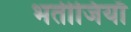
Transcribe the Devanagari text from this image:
भतीजियाॅ